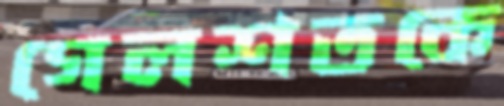
গেলশতকে